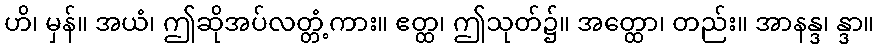
ဟိ၊ မှန်။ အယံ၊ ဤဆိုအပ်လတ္တံ့ကား။ ဧတ္ထ၊ ဤသုတ်၌။ အတ္ထော၊ တည်း။ အာနန္ဒ၊ န္ဒာ။